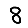
Digit: 8